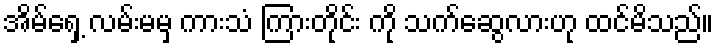
အိမ်ရှေ့ လမ်းမမှ ကားသံ ကြားတိုင်း ကို သက်ဆွေလားဟု ထင်မိသည်။